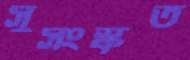
সুসংস্কৃত